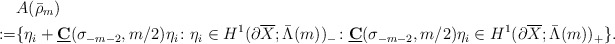
\begin{align*}&A(\bar{\rho}_m)\\:=&\{\eta_i+\underline{\mathbf{C}}(\sigma_{-m-2},m/2)\eta_i\colon \eta_i \in H^1(\partial\overline{X};\bar{\Lambda}(m))_-\colon \underline{\mathbf{C}}(\sigma_{-m-2},m/2)\eta_i\in H^1(\partial\overline{X};\bar{\Lambda}(m))_+ \}.\end{align*}